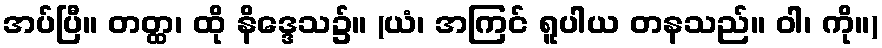
အပ်ပြီ။ တတ္ထ၊ ထို နိဒ္ဒေသ၌။ (ယံ၊ အကြင် ရူပါယ တနသည်။ ဝါ၊ ကို။)